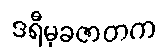
ဒရီမုခဇာတက